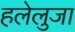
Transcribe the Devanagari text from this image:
हलेलुजा